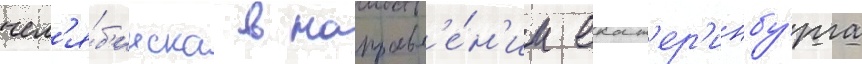
чел'я́б'инска в направл'е́н'ии екат'ер'инбу́рга